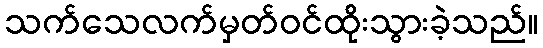
သက်သေလက်မှတ်ဝင်ထိုးသွားခဲ့သည်။